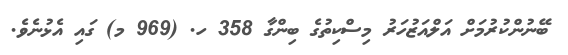
ބޭނުންކުރުމަށް އަލްއަޒުުހަރު މިސްކިތުގެ ބިންގާ 358 ހ. (969 މ) ގައި އެޅުނެވެ.